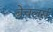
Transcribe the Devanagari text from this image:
बेचलर्स